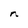
Character: n